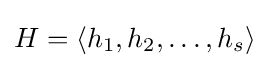
H=\langle h_{1},h_{2},\ldots ,h_{s}\rangle